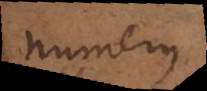
numerus